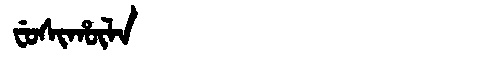
Manchu: ᠸᡠᠰᡳᡥᡡᠯᠠ
Romanization: FUSIHŪLA